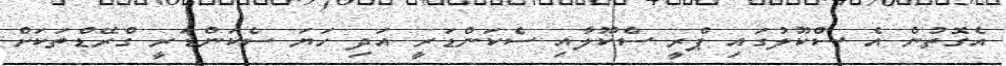
އެގޮތުން އެ ސްކޫލުގައި ޕްރީ ސްކޫލާއި ސެކަންޑަރީ އަދި ހަޔަ ސެކަންޑަރީ ގްރޭޑްތަކަށް